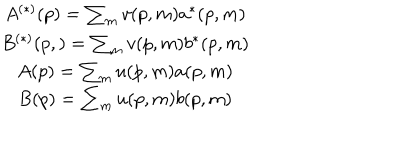
LaTeX: \begin{array} { c } { { A ^ { \left( * \right) } ( p ) = \sum _ { m } v ( p , m ) a ^ { * } ( p , m ) } } \\ { { B ^ { \left( * \right) } ( p , ) = \sum _ { m } v ( p , m ) b ^ { * } ( p , m ) } } \\ { { A ( p ) = \sum _ { m } u ( p , m ) a ( p , m ) } } \\ { { B ( p ) = \sum _ { m } u ( p , m ) b ( p , m ) } } \\ \end{array}